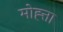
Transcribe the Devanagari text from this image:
मोह्त्ता